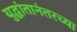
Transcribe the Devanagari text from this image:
युद्धांतानंतरच्या